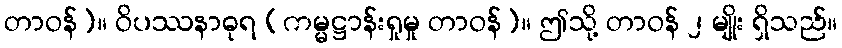
တာဝန်)။ ဝိပဿနာဓုရ (ကမ္မဋ္ဌာန်းရှုမှု တာဝန်)။ ဤသို့ တာဝန် ၂ မျိုး ရှိသည်။